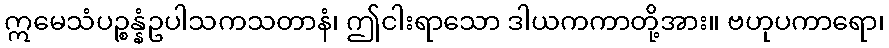
ဣမေသံပဉ္စန္နံဥပါသကသတာနံ၊ ဤငါးရာသော ဒါယကကာတို့အား။ ဗဟုပကာရော၊